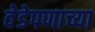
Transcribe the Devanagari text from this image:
वेडेपणाच्या